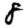
Digit: 8